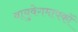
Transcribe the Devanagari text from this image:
वायुवेगमापकों